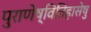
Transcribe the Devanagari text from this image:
पुराणेष्वितिहासेषु